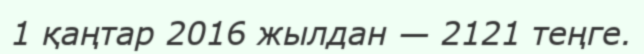
1 қаңтар 2016 жылдан — 2121 теңге.